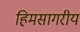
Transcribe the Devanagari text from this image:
हिमसागरीय